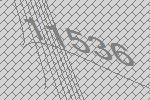
11536